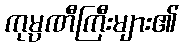
ကုမ္ပဏီကြီးများ၏